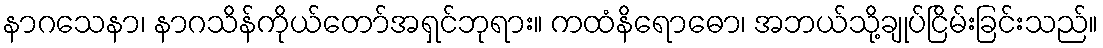
နာဂသေနာ၊ နာဂသိန်ကိုယ်တော်အရှင်ဘုရား။ ကထံနိရောဓော၊ အဘယ်သို့ချုပ်ငြိမ်းခြင်းသည်။